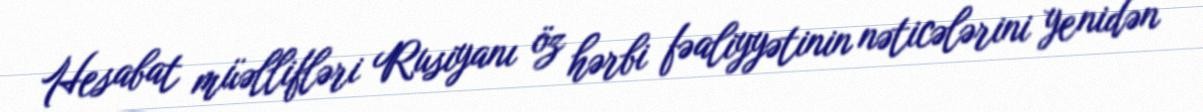
Hesabat müəllifləri Rusiyanı öz hərbi fəaliyyətinin nəticələrini yenidən